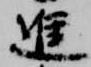
進